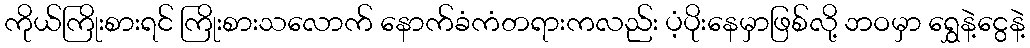
ကိုယ်ကြိုးစားရင် ကြိုးစားသလောက် နောက်ခံကံတရားကလည်း ပံ့ပိုးနေမှာဖြစ်လို့ ဘဝမှာ ရွှေနဲ့ငွေနဲ့